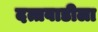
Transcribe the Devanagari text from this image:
दत्तवाडीला